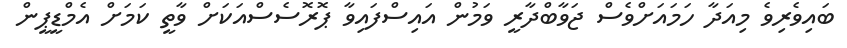
ބައިވެރިވެ މިއަދާ ހަމައަށްވެސް ޖަވާބްދާރީ ވަމުން އައިސްފައިވާ ޕޮރޮސެސްއަކަށް ވާތީ ކަމަށް އެމްޑީޕީން